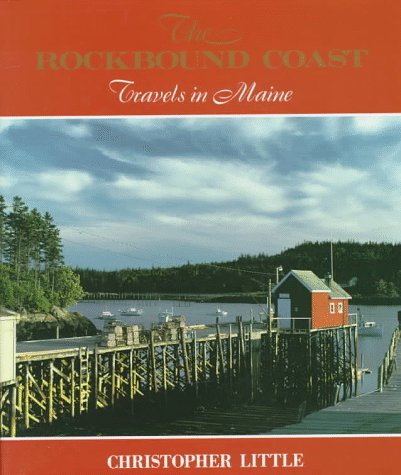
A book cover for The Rockbound Coast: Travels in Maine; Christopher Little; Travel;